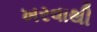
ખરવાથી